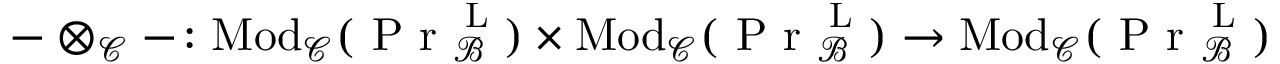
- \otimes _ { \mathcal { C } } - \colon \mathrm { { M o d } } _ { \mathcal { C } } ( \textup { P r } _ { \mathcal { B } } ^ { \textup { L } } ) \times { \mathrm { M o d } } _ { \mathcal { C } } ( \textup { P r } _ { \mathcal { B } } ^ { \textup { L } } ) \to \mathrm { { M o d } } _ { \mathcal { C } } ( \textup { P r } _ { \mathcal { B } } ^ { \textup { L } } )